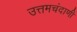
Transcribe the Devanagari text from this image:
उत्तमचंदाणी